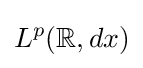
L^{p}(\mathbb {R} ,dx)